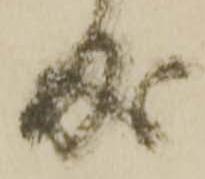
成